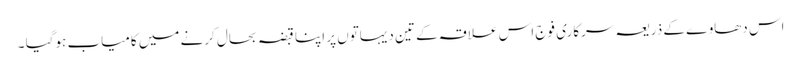
اس دھاوے کے ذریعہ سرکاری فوج اس علاقہ کے تین دیہاتوں پر اپنا قبضہ بحال کرنے میں کامیاب ہوگیا ۔